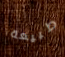
طبيعة